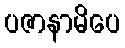
ပဇာနာမိပေ